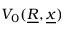
V _ { 0 } ( \underline { { R } } , \underline { { x } } )